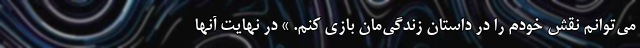
می‌توانم نقش خودم را در داستان زندگی‌مان بازی کنم. » در نهایت آنها